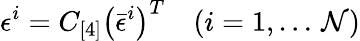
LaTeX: \epsilon^{i}=C_{[4]}\left({\bar{\epsilon}}^{i}\right)^{T}\quad(i=1,\dots\, {\cal N})